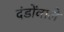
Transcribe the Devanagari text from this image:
दंडोंवाले